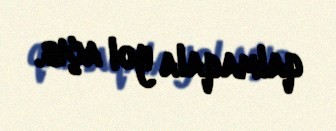
qalmaqala yol açıb.